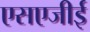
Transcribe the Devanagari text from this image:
एसएजीई